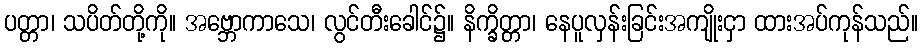
ပတ္တာ၊ သပိတ်တို့ကို။ အဗ္ဘောကာသေ၊ လွင်တီးခေါင်၌။ နိက္ခိတ္တာ၊ နေပူလှန်းခြင်းအကျိုးငှာ ထားအပ်ကုန်သည်။